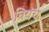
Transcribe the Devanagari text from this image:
त्रियंच